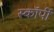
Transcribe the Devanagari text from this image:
स्काॅर्पी